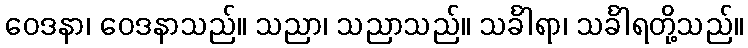
ဝေဒနာ၊ ဝေဒနာသည်။ သညာ၊ သညာသည်။ သင်္ခါရာ၊ သင်္ခါရတို့သည်။